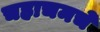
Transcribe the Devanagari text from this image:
चहाचमचे